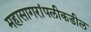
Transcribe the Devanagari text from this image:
महासागरांपलीकडील